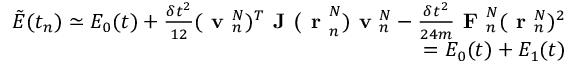
\begin{array} { r } { \tilde { E } ( t _ { n } ) \simeq E _ { 0 } ( t ) + \frac { \delta t ^ { 2 } } { 1 2 } ( \textbf { v } _ { n } ^ { N } ) ^ { T } \textbf { J ( r } _ { n } ^ { N } ) \textbf { v } _ { n } ^ { N } - \frac { \delta t ^ { 2 } } { 2 4 m } \textbf { F } _ { n } ^ { N } ( \textbf { r } _ { n } ^ { N } ) ^ { 2 } } \\ { = E _ { 0 } ( t ) + E _ { 1 } ( t ) } \end{array}